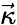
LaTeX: \vec{\kappa}